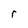
Character: r